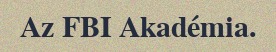
Az FBI Akadémia.